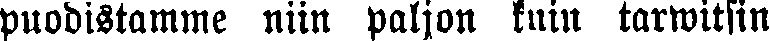
puodistamme niin paljon kuin tarwitsin